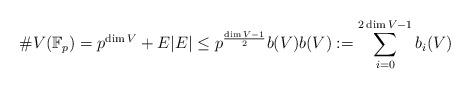
LaTeX: \begin{align*} \# V(\mathbb{F}_p) = p^{\dim V} + E |E| \leq p^{\frac{\dim V - 1}{2}} b(V) b(V) := \sum_{i = 0}^{2\dim V - 1} b_i(V)\end{align*}